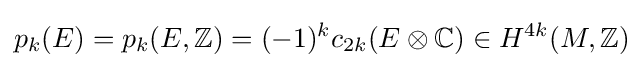
p_{k}(E)=p_{k}(E,\mathbb {Z} )=(-1)^{k}c_{2k}(E\otimes \mathbb {C} )\in H^{4k}(M,\mathbb {Z} )